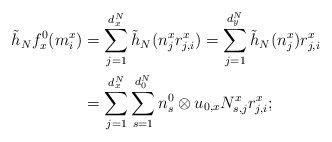
\begin{align*}\tilde{h}_{N}f_{x}^{0}(m_{i}^{x}) &= \sum _{j=1}^{d^N_x}\tilde{h}_{N}(n_j^{x}r_{j,i}^{x})=\sum _{j=1}^{d^N_y}\tilde{h}_{N}(n_j^{x})r_{j,i}^{x}\\ &= \sum _{j=1}^{d^N_x}\sum _{s=1}^{d^N_0}n_{s}^{0}\otimes u_{0,x}N^{x}_{s,j}r_{j,i}^{x};\end{align*}